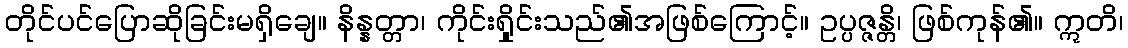
တိုင်ပင်ပြောဆိုခြင်းမရှိချေ။ နိန္နတ္တာ၊ ကိုင်းရှိုင်းသည်၏အဖြစ်ကြောင့်။ ဥပ္ပဇ္ဇန္တိ၊ ဖြစ်ကုန်၏။ ဣတိ၊